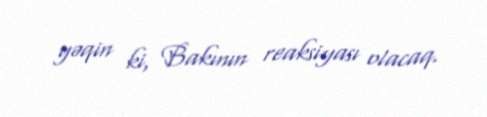
yəqin ki, Bakının reaksiyası olacaq.